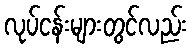
လုပ်ငန်းများတွင်လည်း